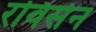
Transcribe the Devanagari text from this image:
रविसेन